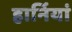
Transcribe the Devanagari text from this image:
हार्नियां